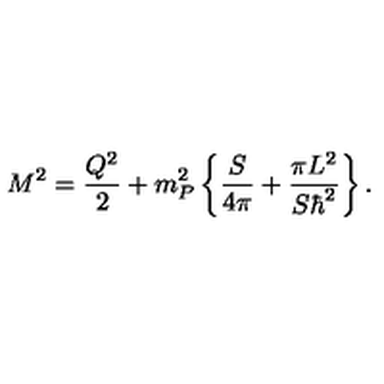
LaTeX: M ^ { 2 } = { \frac { Q ^ { 2 } } { 2 } } + { m _ { P } ^ { 2 } } \left\{ { \frac { S } { 4 \pi } } + { \frac { \pi L ^ { 2 } } { S \hbar ^ { 2 } } } \right\} .